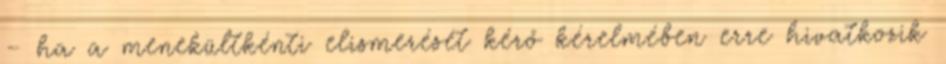
– ha a menekültkénti elismerését kérő kérelmében erre hivatkozik